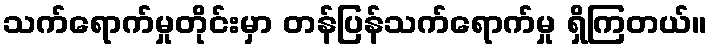
သက်ရောက်မှုတိုင်းမှာ တန်ပြန်သက်ရောက်မှု ရှိကြတယ်။